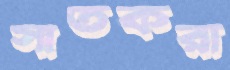
সাতকরা